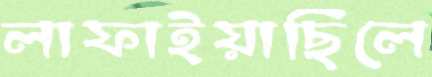
লাফাইয়াছিলে